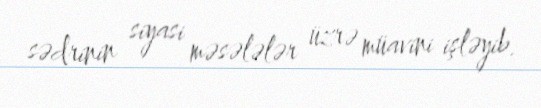
sədrinin siyasi məsələlər üzrə müavini işləyib.